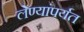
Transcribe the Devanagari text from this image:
लेण्यांपर्यत